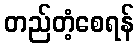
တည်တံ့စေရန်